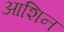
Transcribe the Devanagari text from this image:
आशिन